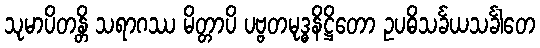
သုမာပိတန္တိ သရာဂဿ မိတ္တာပိ ပဗ္ဗတမုဒ္ဓနိဋ္ဌိတော ဥပဓိသင်္ခယသင်္ခါတေ